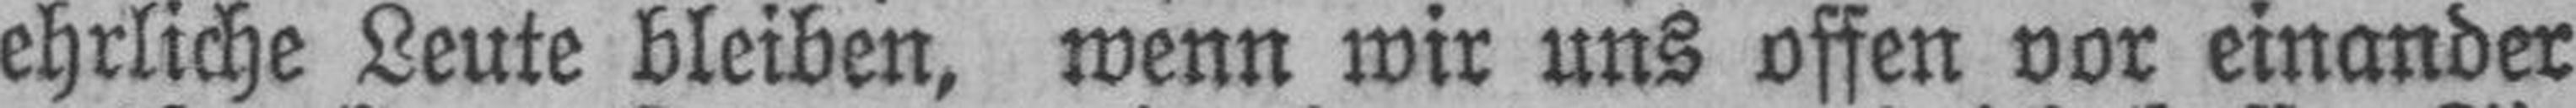
ehrliche Leute bleiben, wenn wir uns offen vor einander